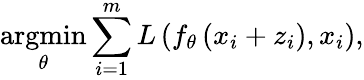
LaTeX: \underset{\theta}{\operatorname{argmin}}\sum_{i=1}^{m}L\left(f_{\theta}\left(x_{i}+z_{i}\right),x_{i}\right),